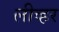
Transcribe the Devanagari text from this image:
लीव्हर